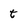
Character: t